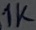
Text: 1K